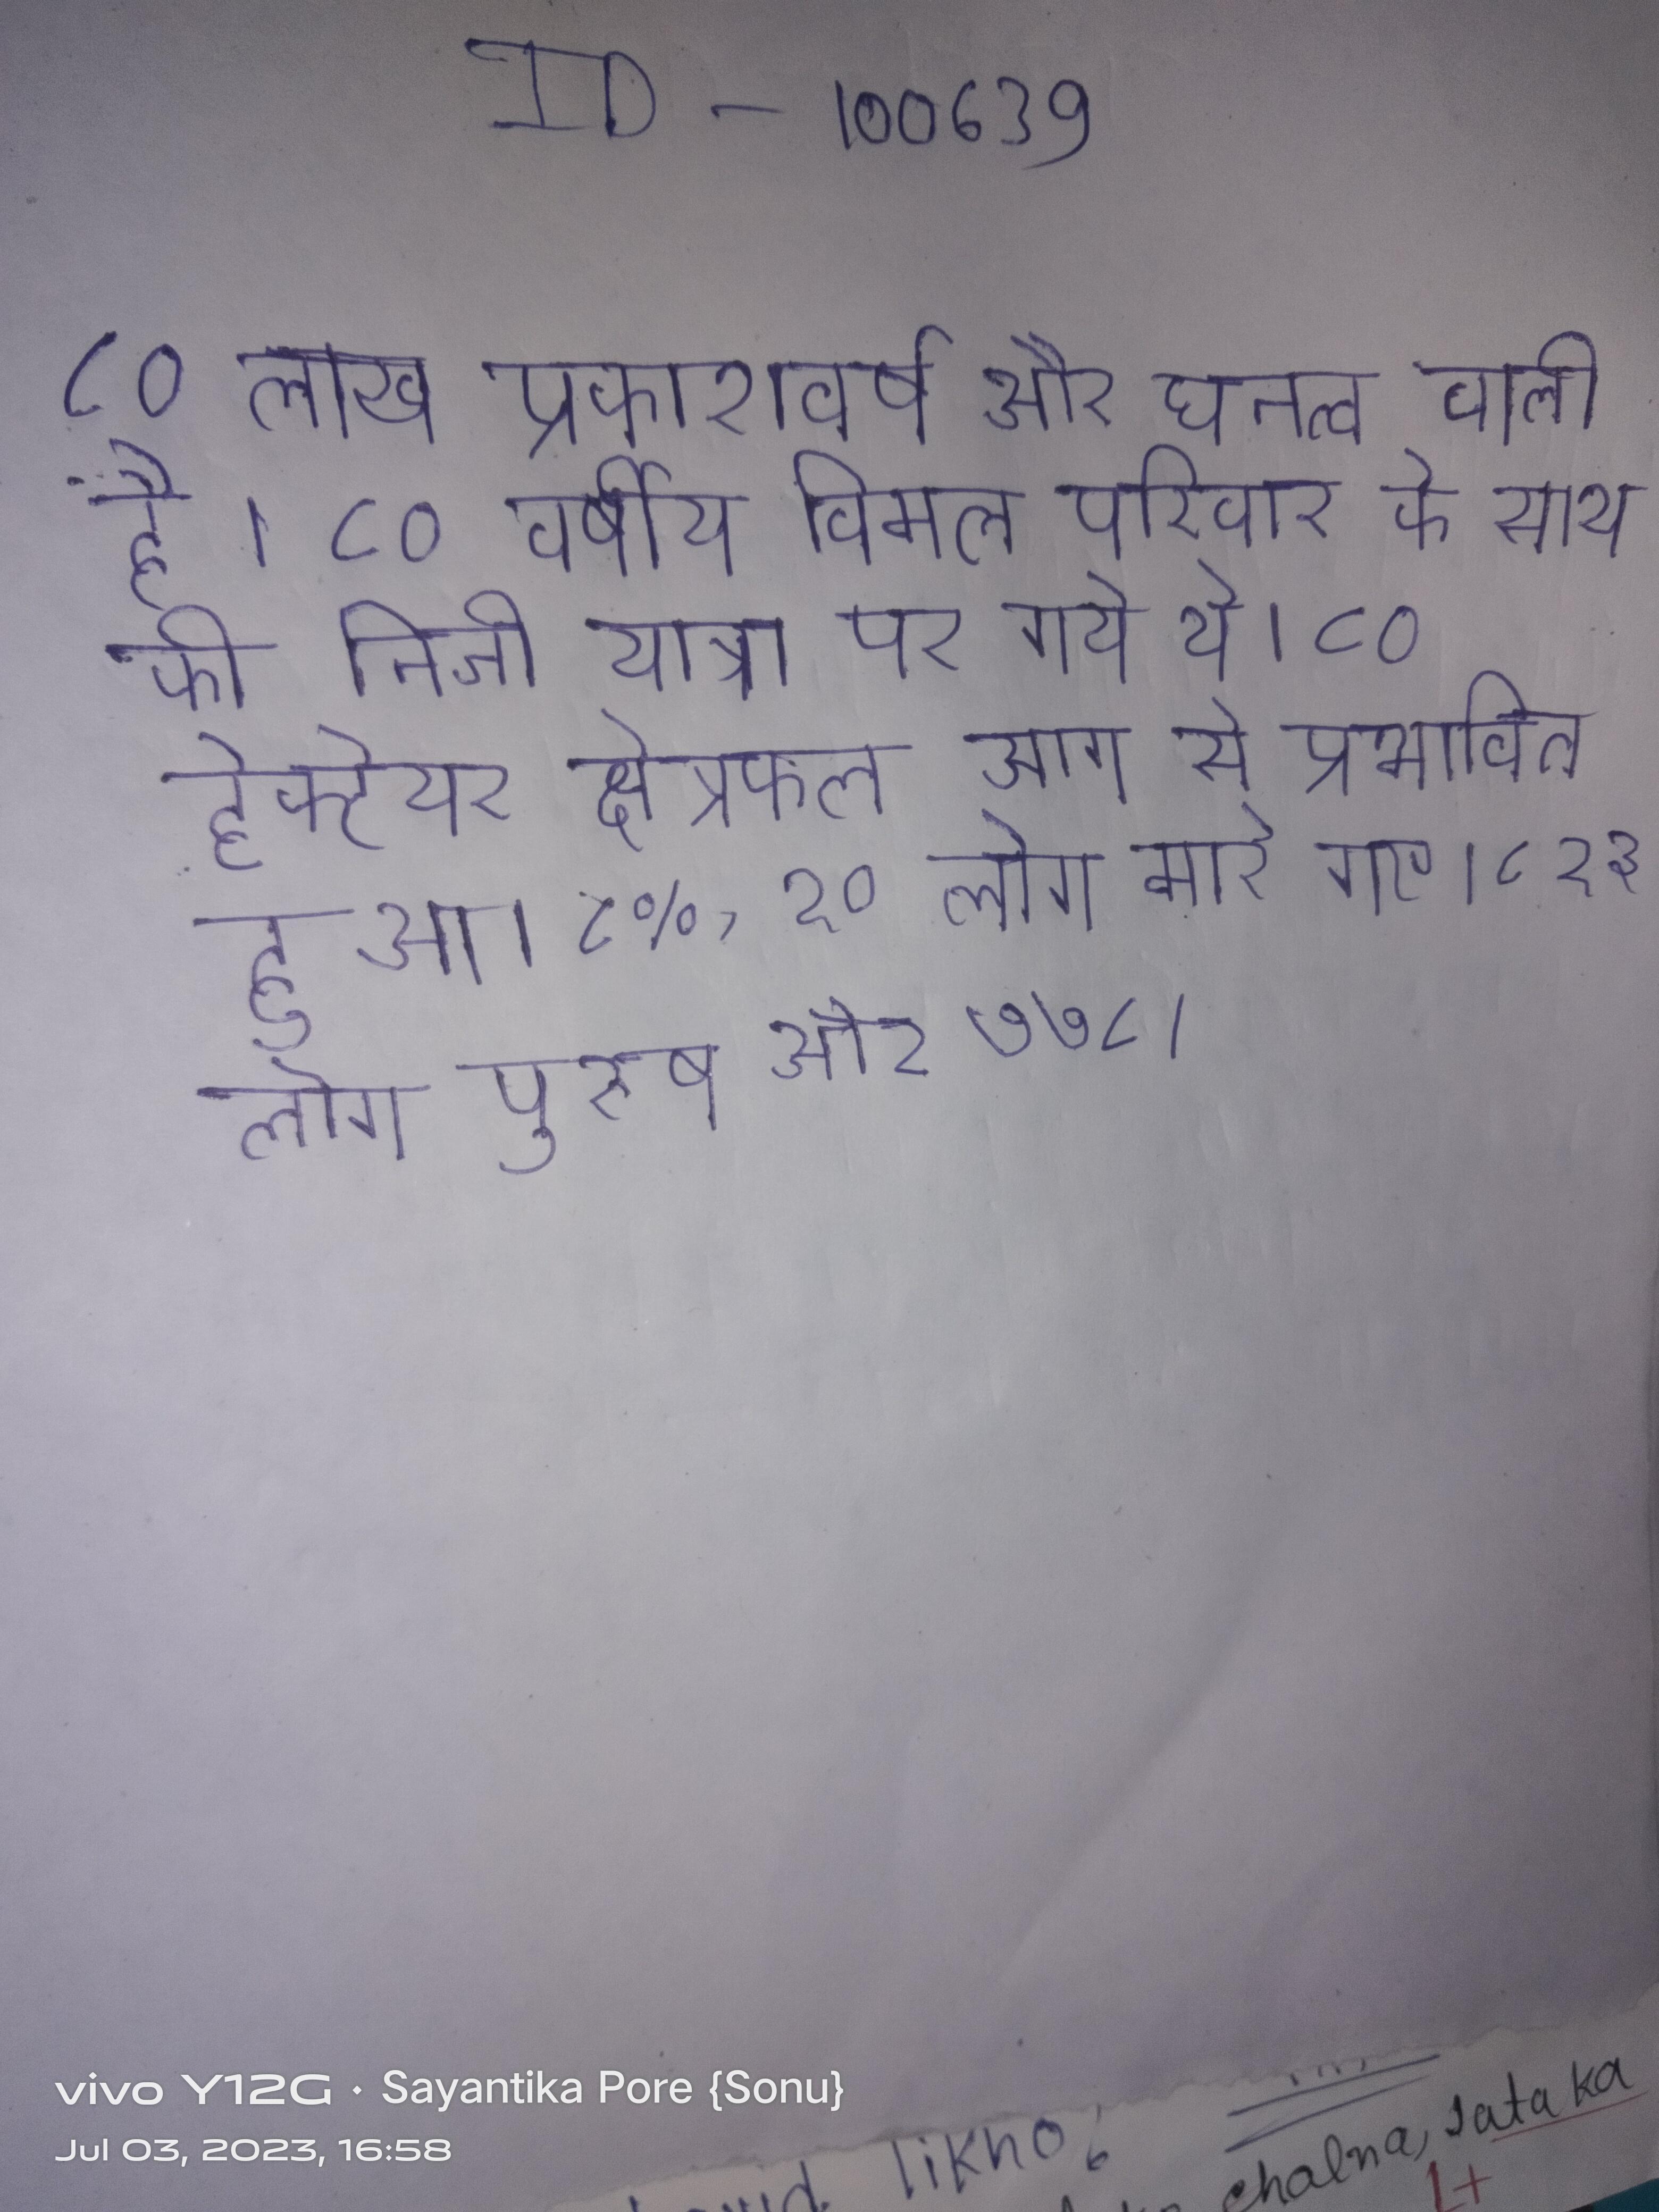
८० लाख प्रकाशवर्ष और घनत्व वाली है । ८० वर्षीय विमल परिवार के साथ की निजी यात्रा पर गये थे । ८० हेक्टेयर क्षेत्रफल आग से प्रभावित हुआ । ८%, १० लोग मारे गए । ८१३ लोग पुरुष और ७७८ ।